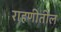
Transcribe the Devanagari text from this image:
राहणीतील